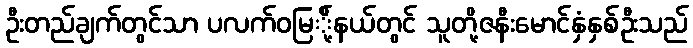
ဦးတည်ချက်တွင်သာ ပလက်ဝမြ်ို့နယ်တွင် သူတို့ဇနီးမောင်နှံနှစ်ဦးသည်